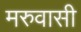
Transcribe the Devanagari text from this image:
मरुवासी